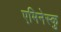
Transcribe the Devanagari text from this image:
एमिनेस्कु